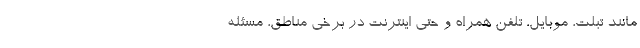
مانند تبلت، موبایل، تلفن همراه و حتی اینترنت در برخی مناطق، مسئله